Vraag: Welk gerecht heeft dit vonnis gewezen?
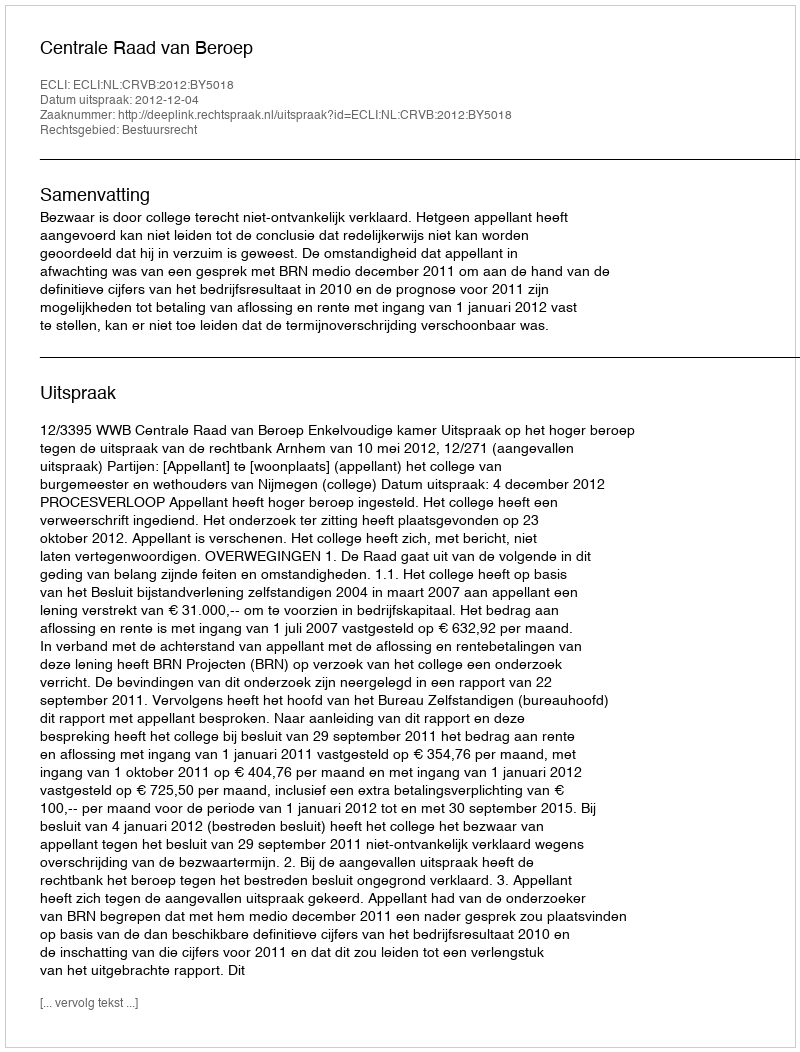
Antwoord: Centrale Raad van Beroep